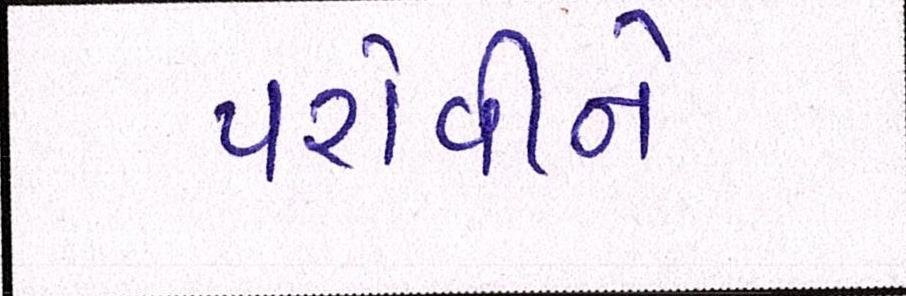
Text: પરોવીને